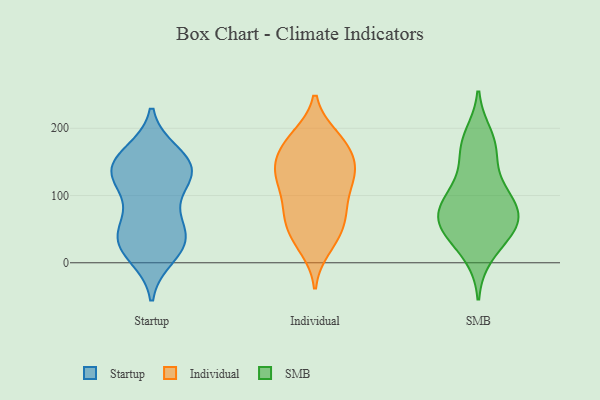
{"axis": {"x": "Backlog", "y": "Value"}, "legend": ["Individual", "SMB", "Startup"], "data": [{"x": "", "y": 137, "type": "Startup"}, {"x": "", "y": 35, "type": "Startup"}, {"x": "", "y": 131, "type": "Startup"}, {"x": "", "y": 138, "type": "Startup"}, {"x": "", "y": 155, "type": "Startup"}, {"x": "", "y": 52, "type": "Startup"}, {"x": "", "y": 29, "type": "Startup"}, {"x": "", "y": 11, "type": "Startup"}, {"x": "", "y": 151, "type": "Startup"}, {"x": "", "y": 91, "type": "Startup"}, {"x": "", "y": 124, "type": "Startup"}, {"x": "", "y": 58, "type": "Startup"}, {"x": "", "y": 162, "type": "Startup"}, {"x": "", "y": 131, "type": "Startup"}, {"x": "", "y": 31, "type": "Startup"}, {"x": "", "y": 24, "type": "Startup"}, {"x": "", "y": 180, "type": "Individual"}, {"x": "", "y": 83, "type": "Individual"}, {"x": "", "y": 125, "type": "Individual"}, {"x": "", "y": 178, "type": "Individual"}, {"x": "", "y": 114, "type": "Individual"}, {"x": "", "y": 23, "type": "Individual"}, {"x": "", "y": 157, "type": "Individual"}, {"x": "", "y": 131, "type": "Individual"}, {"x": "", "y": 132, "type": "Individual"}, {"x": "", "y": 88, "type": "Individual"}, {"x": "", "y": 148, "type": "Individual"}, {"x": "", "y": 41, "type": "Individual"}, {"x": "", "y": 149, "type": "Individual"}, {"x": "", "y": 185, "type": "Individual"}, {"x": "", "y": 58, "type": "Individual"}, {"x": "", "y": 72, "type": "Individual"}, {"x": "", "y": 187, "type": "Individual"}, {"x": "", "y": 65, "type": "Individual"}, {"x": "", "y": 127, "type": "Individual"}, {"x": "", "y": 34, "type": "Individual"}, {"x": "", "y": 60, "type": "SMB"}, {"x": "", "y": 86, "type": "SMB"}, {"x": "", "y": 115, "type": "SMB"}, {"x": "", "y": 52, "type": "SMB"}, {"x": "", "y": 104, "type": "SMB"}, {"x": "", "y": 171, "type": "SMB"}, {"x": "", "y": 40, "type": "SMB"}, {"x": "", "y": 163, "type": "SMB"}, {"x": "", "y": 59, "type": "SMB"}, {"x": "", "y": 11, "type": "SMB"}, {"x": "", "y": 65, "type": "SMB"}, {"x": "", "y": 189, "type": "SMB"}, {"x": "", "y": 85, "type": "SMB"}]}